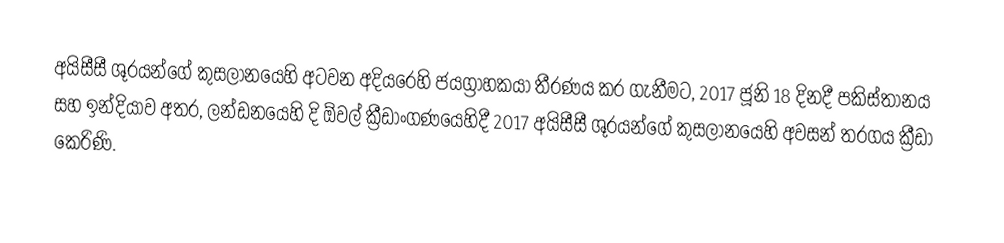
අයිසීසී ශූරයන්ගේ කුසලානයෙහි අටවන අදියරෙහි ජයග්‍රාහකයා තීරණය කර ගැනීමට, 2017 ජූනි 18 දිනදී  පකිස්තානය සහ ඉන්දියාව අතර, ලන්ඩනයෙහි දි ඕවල් ක්‍රීඩාංගණයෙහිදී  2017 අයිසීසී ශූරයන්ගේ කුසලානයෙහි අවසන් තරගය ක්‍රීඩා කෙරිණි.